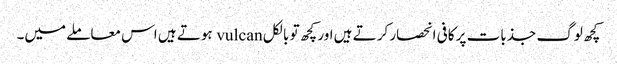
کچھ لوگ جذبات پر کافی انحصار کرتے ہیں اور کچھ تو بالکل vulcan ہوتے ہیں اس معاملے میں۔